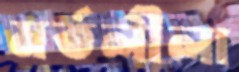
মর্তলীলা